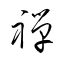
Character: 禅